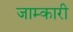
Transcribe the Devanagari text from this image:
जाम्कारी